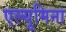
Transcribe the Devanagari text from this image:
एल्यूमिना